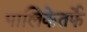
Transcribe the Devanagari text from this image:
पालिकेतर्फे